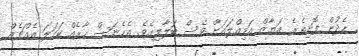
ހެދުން ފޮށިތެރެ އަޔާޒް އަމިއްލައަށް ވެސް ބަލާލިއެވެ. އެހެނަސް ހާރެއް ކަހަލަ އެއްޗެއް